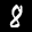
Label: 8